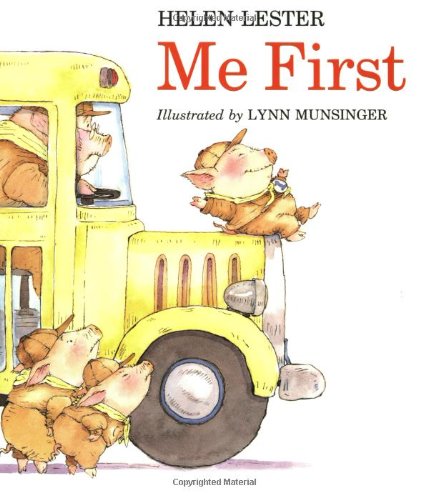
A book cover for Me First (Sandpiper paperbacks); Helen Lester; Children's Books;